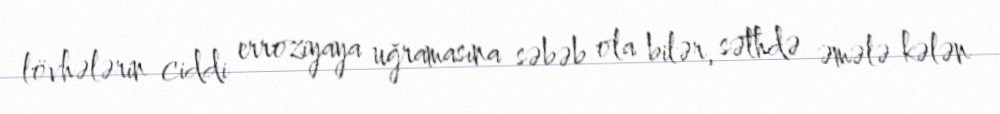
lövhələrin ciddi erroziyaya uğramasına səbəb ola bilər, səthdə əmələ kələn